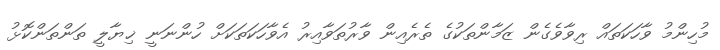
މުހިންމު ވާހަކަތައް ރިވާވެގެން ޒަމާންތަކުގެ ތެރެއިން ވާރުތަވާއިރު އެވާހަކަތަކަށް ހުންނަނީ ޚިޔާލީ ތަންތަންކޮޅު